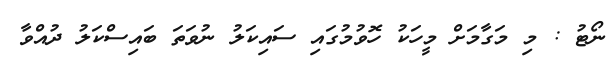
ނޯޓު : މި މަގާމަށް މީހަކު ހޮވުމުގައި ސައިކަލު ނުވަތަ ބައިސްކަލު ދުއްވާ